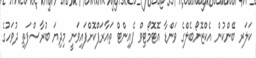
ކަލަރ ބޭންކުން އެކްޒޮނޯބެލްގެ ވަންޑާ އޮޓޮމޯޓިވް ޕެއިންޓް ތައާރަފްކޮށްފައިވަނީ މިދިޔަ ބުރާސްފަތި ދުވަހުގެ